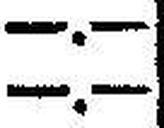
—.—